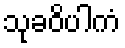
သုခဝိပါကံ